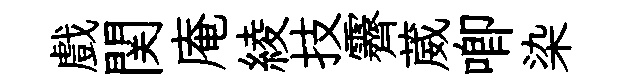
戲関庵綾技霽葳唧染